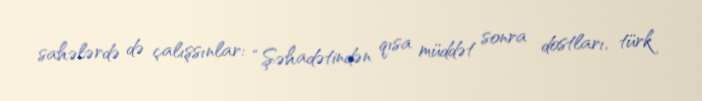
sahələrdə də çalışsınlar: “Şəhadətindən qısa müddət sonra dostları, türk